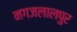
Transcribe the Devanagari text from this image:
नगजलालपुर